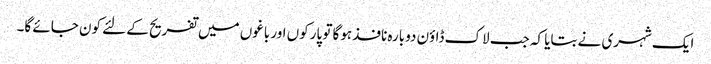
ایک شہری نے بتایا کہ جب لاک ڈاؤن دوبارہ نافذ ہوگا تو پارکوں اور باغوں میں تفریح کے لئے کون جائے گا۔